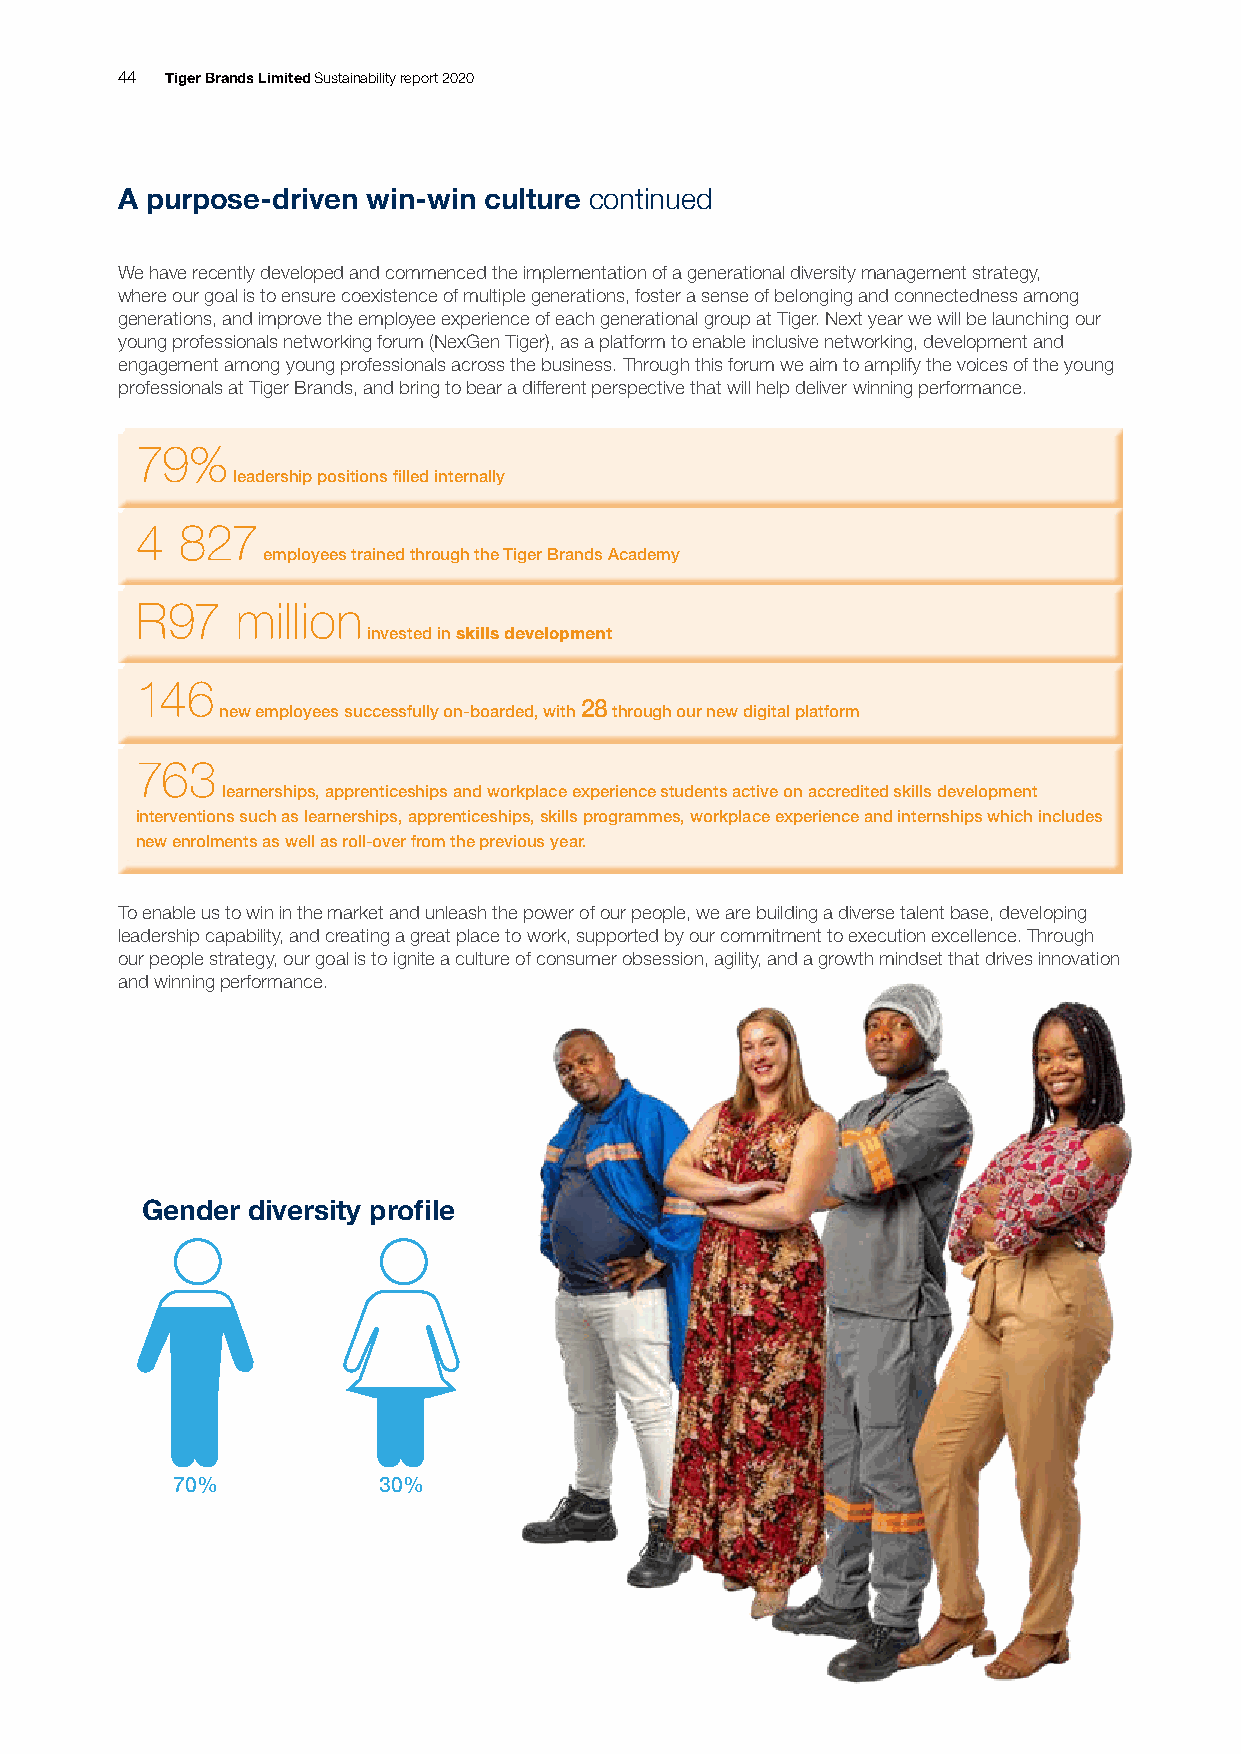
44 Tiger Brands Limited Sustainability report 2020
 A purpose-driven win-win culture continued
 We have recently developed and commenced the implementation of a generational diversity management strategy,
 where our goal is to ensure coexistence of multiple generations, foster a sense of belonging and connectedness among
 generations, and improve the employee experience of each generational group at Tiger. Next year we will be launching our
 young professionals networking forum (NexGen Tiger), as a platform to enable inclusive networking, development and
 engagement among young professionals across the business. Through this forum we aim to amplify the voices of the young
 professionals at Tiger Brands, and bring to bear a different perspective that will help deliver winning performance.
 79%
 leadership positions filled internally
 4  827
 employees trained through the Tiger Brands Academy
 R97    million
 invested in skills development
 146
 new employees successfully on-boarded, with 28 through our new digital platform
 763
 learnerships, apprenticeships and workplace experience students active on accredited skills development
 interventions such as learnerships, apprenticeships, skills programmes, workplace experience and internships which includes
 new enrolments as well as roll-over from the previous year.
 To enable us to win in the market and unleash the power of our people, we are building a diverse talent base, developing
 leadership capability, and creating a great place to work, supported by our commitment to execution excellence. Through
 our people strategy, our goal is to ignite a culture of consumer obsession, agility, and a growth mindset that drives innovation
 and winning performance.
 Gender diversity profile
 70%           30%